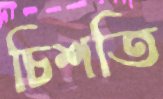
চিশতি